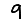
Digit: 9